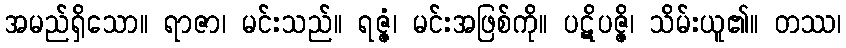
အမည်ရှိသော။ ရာဇာ၊ မင်းသည်။ ရဇ္ဇံ၊ မင်းအဖြစ်ကို။ ပဋိပဇ္ဇိ၊ သိမ်းယူ၏။ တဿ၊